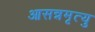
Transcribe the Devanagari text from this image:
आसन्नमृत्यु